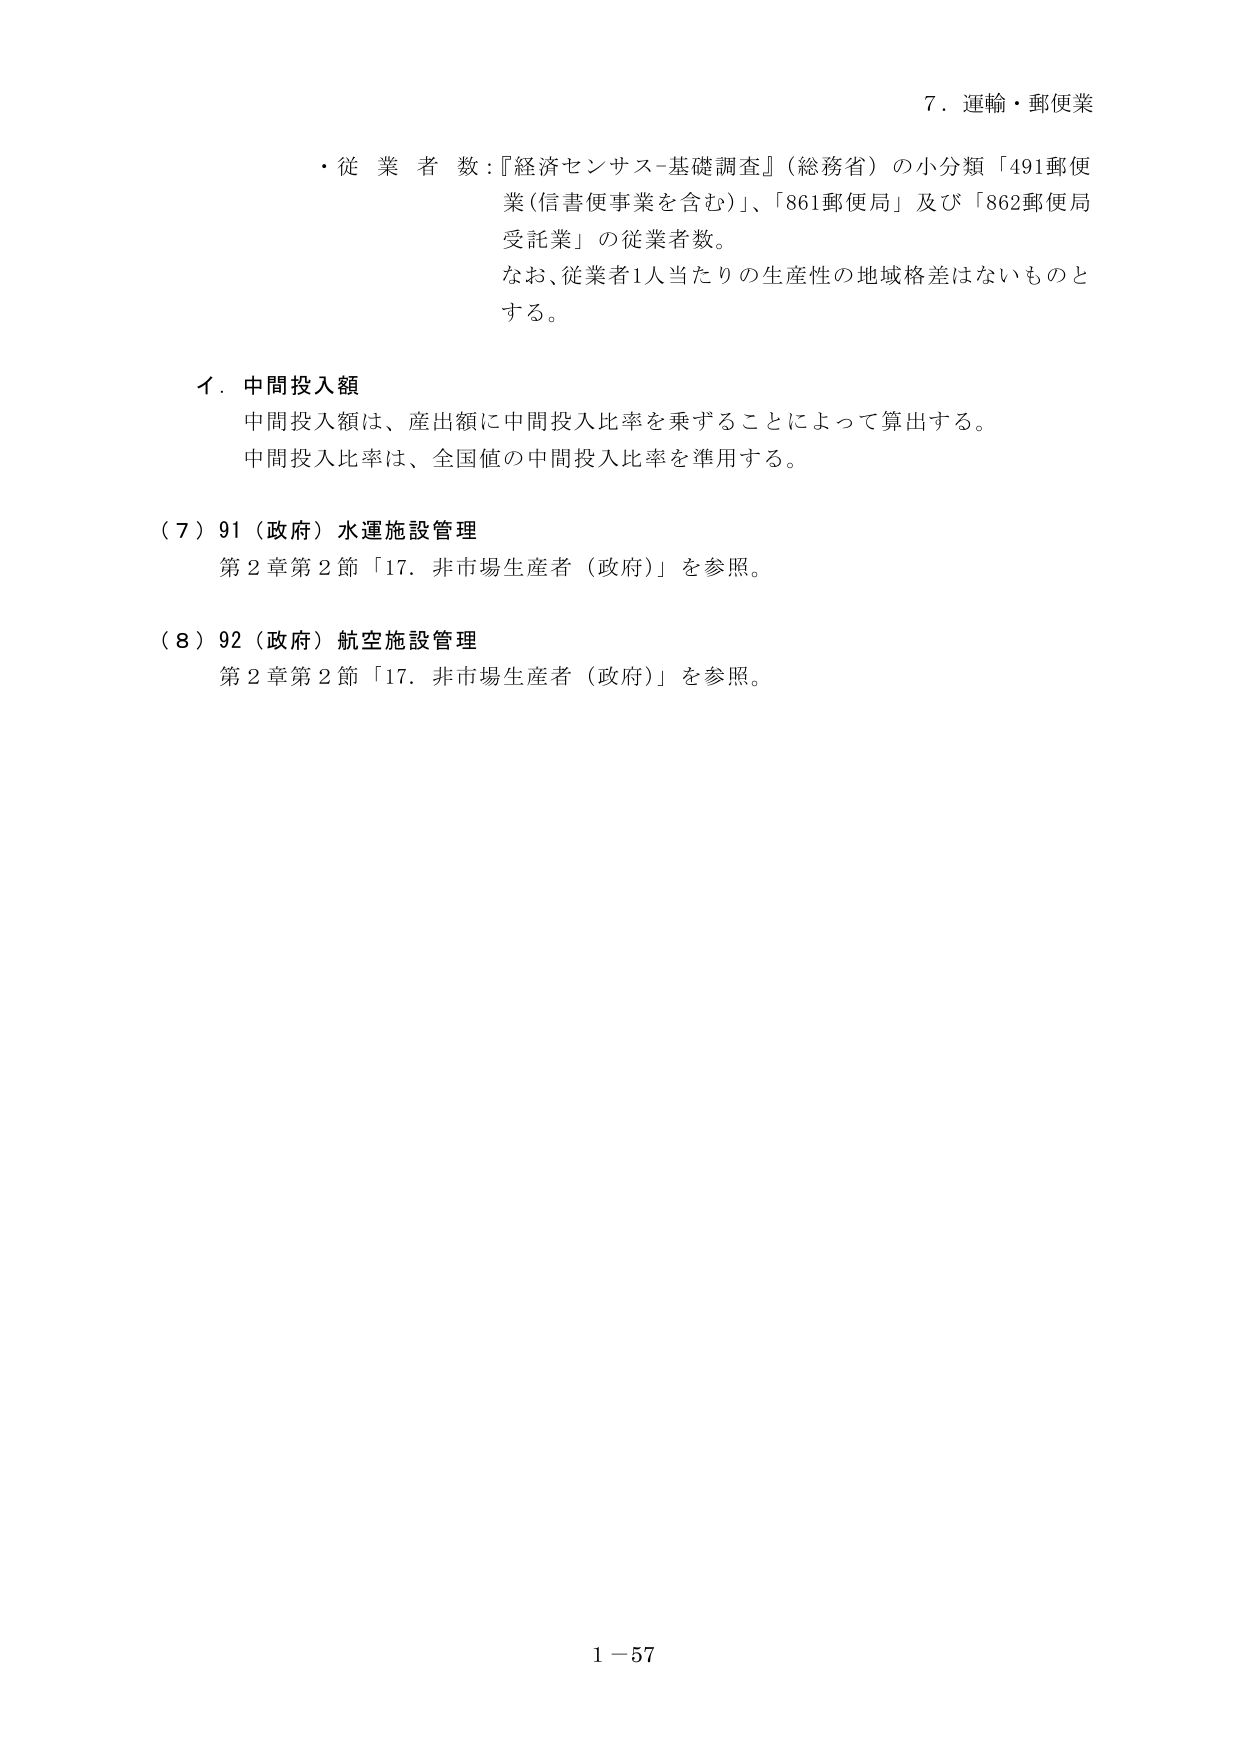
7．運輸・郵便業

・従業者数：『経済センサス-基礎調査』（総務省）の小分類「491郵便業（信書便事業を含む）」、「861郵便局」及び「862郵便局受託業」の従業者数。
なお、従業者1人当たりの生産性の地域格差はないものとする。

イ．中間投入額
中間投入額は、産出額に中間投入比率を乗ずることによって算出する。
中間投入比率は、全国値の中間投入比率を準用する。

（7）91（政府）水運施設管理
第2章第2節「17．非市場生産者（政府）」を参照。

（8）92（政府）航空施設管理
第2章第2節「17．非市場生産者（政府）」を参照。

1－57